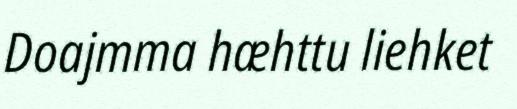
Doajmma hæhttu liehket